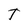
Character: T